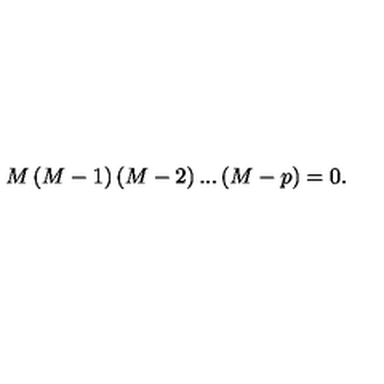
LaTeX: M \left( M - 1 \right) \left( M - 2 \right) . . . \left( M - p \right) = 0 .